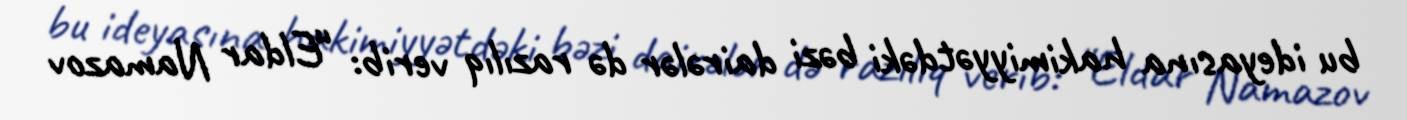
bu ideyasına hakimiyyətdəki bəzi dairələr də razılıq verib: “Eldar Namazov